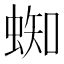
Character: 蜘